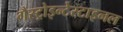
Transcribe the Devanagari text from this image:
गैस्ट्रोइन्टेस्टाइनल